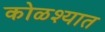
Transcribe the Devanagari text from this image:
कोळश्यात